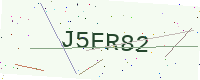
Text: J5FR82